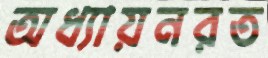
অধ্যায়নরত